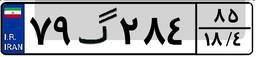
۷۹گ۲۸۴۸۵